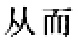
从而